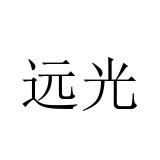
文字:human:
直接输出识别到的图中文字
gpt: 远光